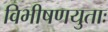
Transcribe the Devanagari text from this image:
विभीषणयुताः